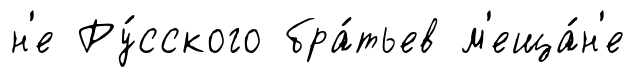
н'е Ру́сского бра́тьев м'еща́н'е